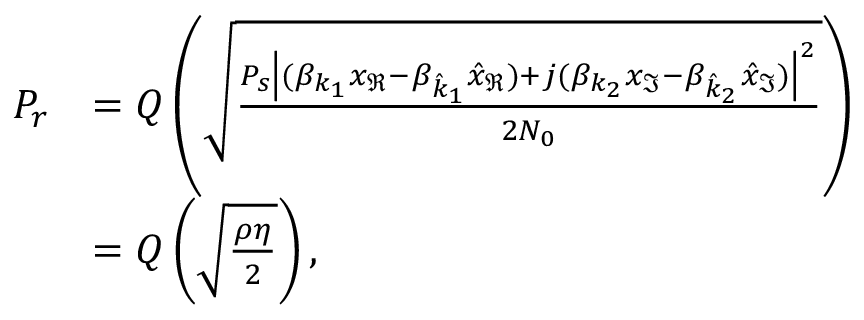
\begin{array} { r l } { P _ { r } } & { = Q \left( \sqrt { \frac { { P _ { s } } \left| ( \beta _ { k _ { 1 } } x _ { \Re } - \beta _ { \hat { k } _ { 1 } } \hat { x } _ { \Re } ) + j ( \beta _ { { k } _ { 2 } } { x } _ { \Im } - \beta _ { \hat { k } _ { 2 } } \hat { x } _ { \Im } ) \right| ^ { 2 } } { 2 N _ { 0 } } } \right) } \\ & { = Q \left( \sqrt { \frac { { \rho } \eta } { 2 } } \right) , } \end{array}